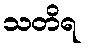
သတိရ